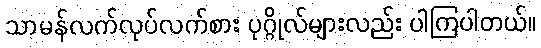
သာမန်လက်လုပ်လက်စား ပုဂ္ဂိုလ်များလည်း ပါကြပါတယ်။